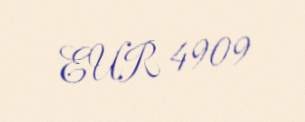
EUR 4909